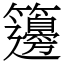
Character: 籩